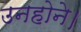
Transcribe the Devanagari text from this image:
उनहोने।